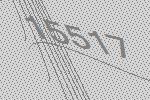
15517